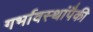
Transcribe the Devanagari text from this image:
गर्भावस्थांपैकी